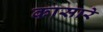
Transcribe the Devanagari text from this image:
कासारे